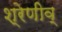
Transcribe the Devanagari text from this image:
श्रेणीव्